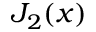
J _ { 2 } ( x )